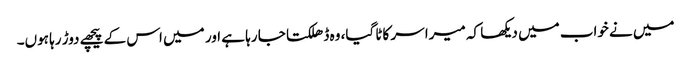
میں نے خواب میں دیکھا کہ میرا سر کاٹا گیا، وہ ڈھلکتا جا رہا ہے اور میں اس کے پیچھے دوڑ رہا ہوں۔